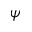
\boldsymbol { \psi }